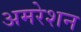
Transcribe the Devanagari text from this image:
अमरेशन